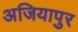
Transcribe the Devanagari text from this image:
अजियापुर